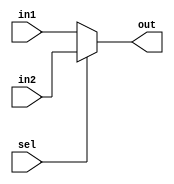
module mux2_1(out, sel, in1,in2);

    input sel,in1,in2;
    output out;
    assign out= sel? in2:in1;
endmodule